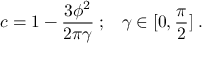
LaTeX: c = 1 - \frac { 3 \phi ^ { 2 } } { 2 \pi \gamma } \; ; \; \; \; \gamma \in [ 0 , \frac { \pi } { 2 } ] \; .